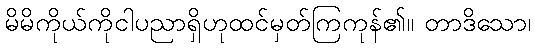
မိမိကိုယ်ကိုငါပညာရှိဟုထင်မှတ်ကြကုန်၏။ တာဒိသော၊